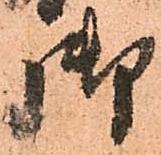
御